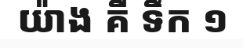
យ៉ាង គឺ ទឹក ១